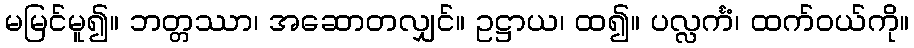
မမြင်မူ၍။ ဘတ္တဿာ၊ အဆောတလျှင်။ ဥဋ္ဌာယ၊ ထ၍။ ပလ္လင်္ကံ၊ ထက်ဝယ်ကို။